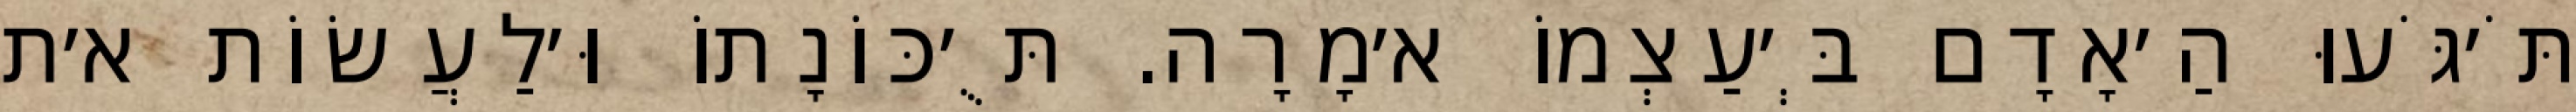
תֹּ׳גֹּעוּ הַ׳אָדָם בְּ׳עַצְמוֹ א׳מָרָה. תֻּ׳כּוֹנָתוֹ וּ׳לַעֲשׂוֹת א׳ת